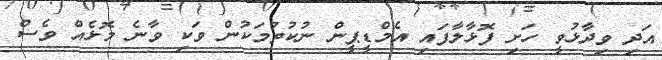
އަދި ވިދާޅުވީ ހަށި ފޮޅާލާފައި އެމްޑީޕީން ނުކުތުމަކުން ވަކި ވާނެ މޮޅެއް ވެސް